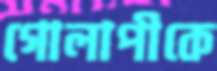
গোলাপীকে